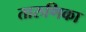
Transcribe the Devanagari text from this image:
तारुणिका